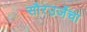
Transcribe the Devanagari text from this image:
सौरउर्जेचा